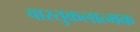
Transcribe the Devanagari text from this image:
वास्तुकलात्मक